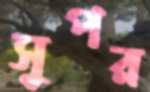
সুপর